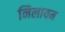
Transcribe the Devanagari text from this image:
निलायम